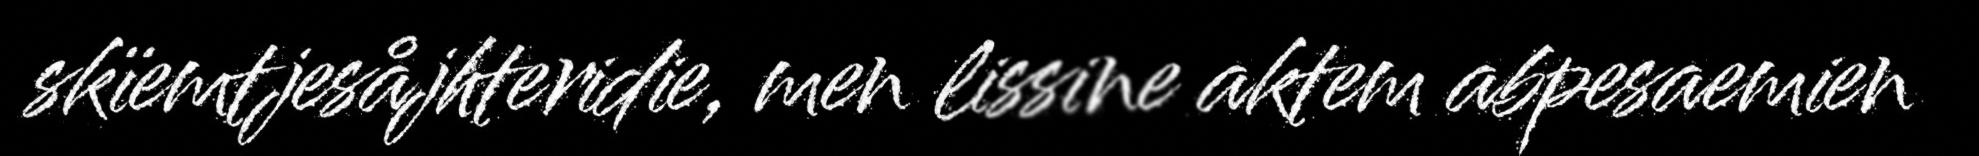
skïemtjesåjhteridie, men lissine aktem abpesaemien